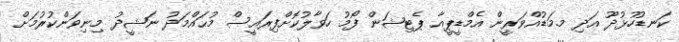
ކަނޑުހުޅުދޫ އަދި މ.މަޑުއްވަރީން އެމްޑީޕީއާ ޕެޓިޝަން ފޯމު ހަވާލުކޮށްފިރައީސް މުޙައްމަދު ނަޝީދު މިނިވަންކުރުމަށް